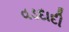
વડદાદી